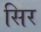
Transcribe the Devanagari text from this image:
सिर